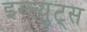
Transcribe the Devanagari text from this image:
इन्त्युट्स